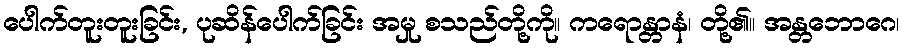
ပေါက်တူးတူးခြင်း, ပုဆိန်ပေါက်ခြင်း အမှု စသည်တို့ကို။ ကရောန္တာနံ၊ တို့၏။ အန္တဘောဂေ၊